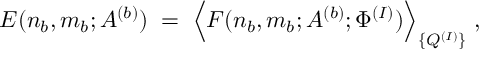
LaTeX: E ( n _ { b } , m _ { b } ; A ^ { ( b ) } ) \; = \; \Big \langle { \cal F } ( n _ { b } , m _ { b } ; A ^ { ( b ) } ; \Phi ^ { ( I ) } ) \Big \rangle _ { \{ Q ^ { ( I ) } \} } \; ,